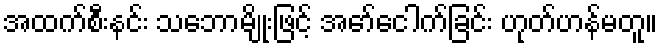
အထက်စီးနင်း သဘောမျိုးဖြင့် အော်ငေါက်ခြင်း ဟုတ်ဟန်မတူ။